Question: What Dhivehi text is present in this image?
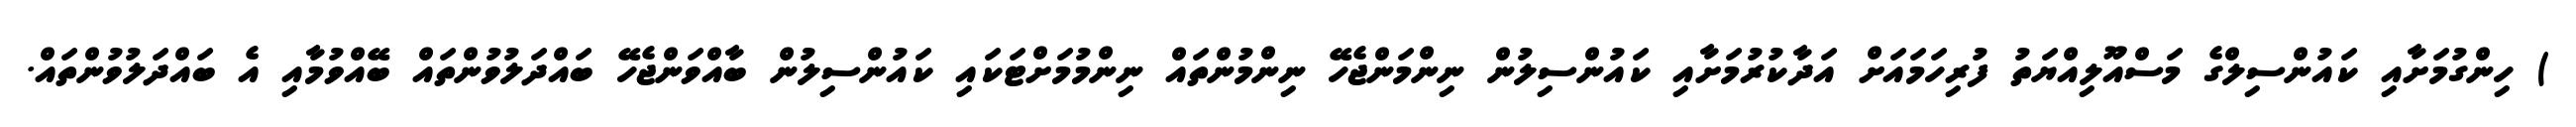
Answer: ) ހިންގުމަށާއި ކައުންސިލްގެ މަސްއޫލިއްޔަތު ފުރިހަމައަށް އަދާކުރުމަށާއި ކައުންސިލުން ނިންމަންޖެހޭ ނިންމުންތައް ނިންމުމަށްޓަކައި ކައުންސިލުން ބާއްވަންޖެހޭ ބައްދަލުވުންތައް ބޭއްވުމާއި އެ ބައްދަލުވުންތައް.